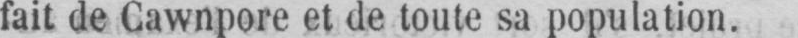
fait de Cawnpore et de toute sa population.